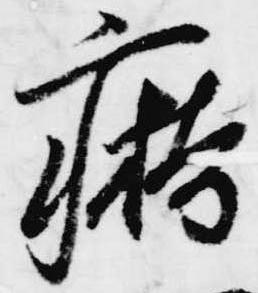
痔